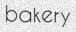
bakery